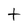
Character: t